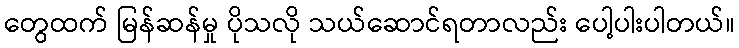
တွေထက် မြန်ဆန်မှု ပိုသလို သယ်ဆောင်ရတာလည်း ပေါ့ပါးပါတယ်။